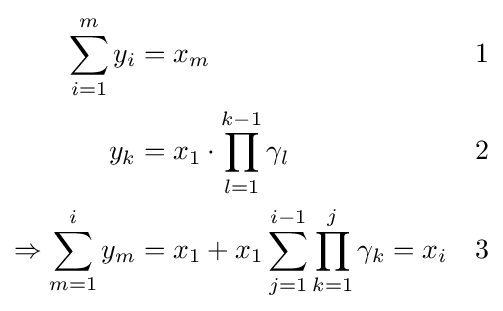
{\begin{aligned}\sum _{i=1}^{m}y_{i}&=x_{m}&&1\\y_{k}&=x_{1}\cdot \prod _{l=1}^{k-1}\gamma _{l}&&2\\\Rightarrow \sum _{m=1}^{i}y_{m}&=x_{1}+x_{1}\sum _{j=1}^{i-1}\prod _{k=1}^{j}\gamma _{k}=x_{i}&&3\end{aligned}}